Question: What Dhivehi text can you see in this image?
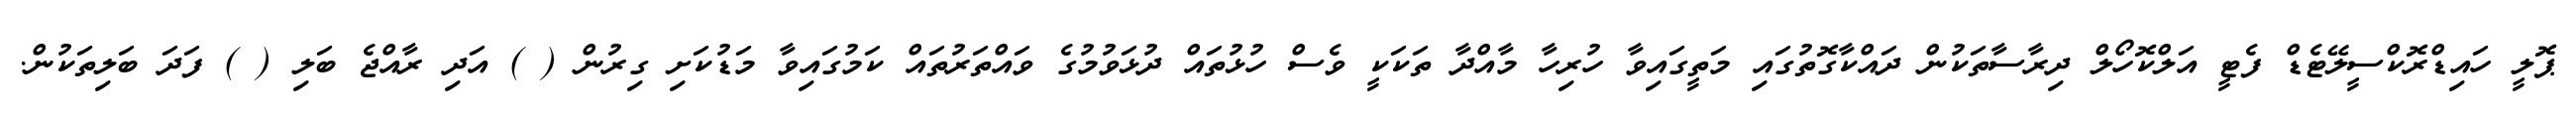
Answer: ޕޮލީ ހައިޑްރޮކްސީލޭޓެޑް ފެޓީ އަލްކޮހޯލް ދިރާސާތަކުން ދައްކާގޮތުގައި މަތީގައިވާ ހުރިހާ މާއްދާ ތަކަކީ ވެސް ހުޅުތައް ދުޅަވުމުގެ ވައްތަރުތައް ކަމުގައިވާ މަޑުކަށި ގިރުން ( ) އަދި ރާއްޖެ ބަލި ( ) ފަދަ ބަލިތަކުން.